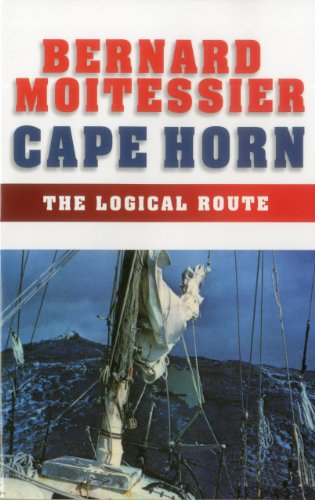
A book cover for Cape Horn: The Logical Route: 14,216 Miles Without a Port of Call; Bernard Moitessier; Travel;